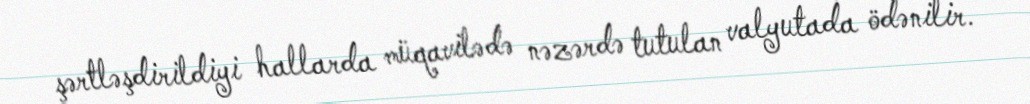
şərtləşdirildiyi hallarda müqavilədə nəzərdə tutulan valyutada ödənilir.